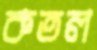
কতল